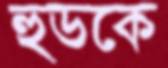
হুডকে